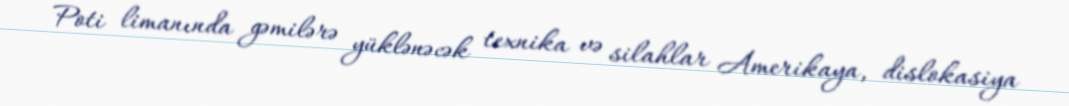
Poti limanında gəmilərə yüklənəcək texnika və silahlar Amerikaya, dislokasiya